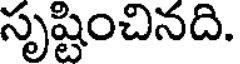
సృష్టించినది.